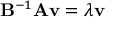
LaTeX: \mathbf { B } ^ { - 1 } \mathbf { A } \mathbf { v } = \lambda \mathbf { v }